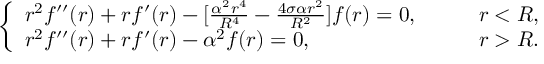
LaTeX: \left\{ \begin{array} { l l } { { r ^ { 2 } f ^ { \prime \prime } ( r ) + r f ^ { \prime } ( r ) - [ \frac { \alpha ^ { 2 } r ^ { 4 } } { R ^ { 4 } } - \frac { 4 \sigma \alpha r ^ { 2 } } { R ^ { 2 } } ] f ( r ) = 0 , } } & { { \qquad r < R , } } \\ { { r ^ { 2 } f ^ { \prime \prime } ( r ) + r f ^ { \prime } ( r ) - \alpha ^ { 2 } f ( r ) = 0 , } } & { { \qquad r > R . } } \end{array} \right.